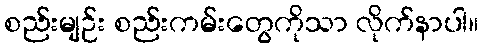
စည်းမျဉ်း စည်းကမ်းတွေကိုသာ လိုက်နာပါ။